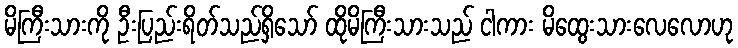
မိကြီးသားကို ဦးပြည်းရိတ်သည်ရှိသော် ထိုမိကြီးသားသည် ငါကား မိထွေးသားလေလောဟု